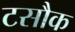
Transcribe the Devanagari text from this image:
टसौक